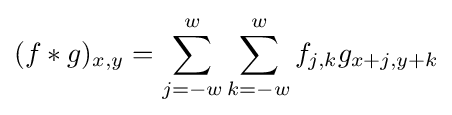
(f*g)_{x,y}=\sum _{j=-w}^{w}\sum _{k=-w}^{w}f_{j,k}g_{x+j,y+k}